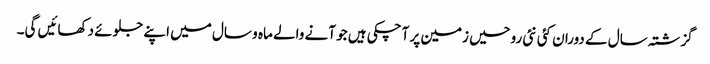
گزشتہ سال کے دوران کئی نئی روحیں زمین پر آچکی ہیں جو آنے والے ماہ و سال میں اپنے جلوئے دکھائیں گی۔